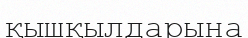
қышқылдарына